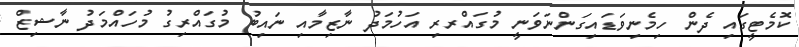
ކޮމެޓީގައި ދެން ހިމެނިވަޑައިގަންނަވަނީ މުގައްރރި އަހުމަދު ނާޒިމާއި ނައިބު މުގައްރިގު މުހައްމަދު ނާޝިޒް